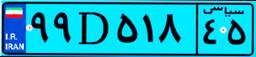
۹۹D۵۱۸۴۵